Elephants and their diseases
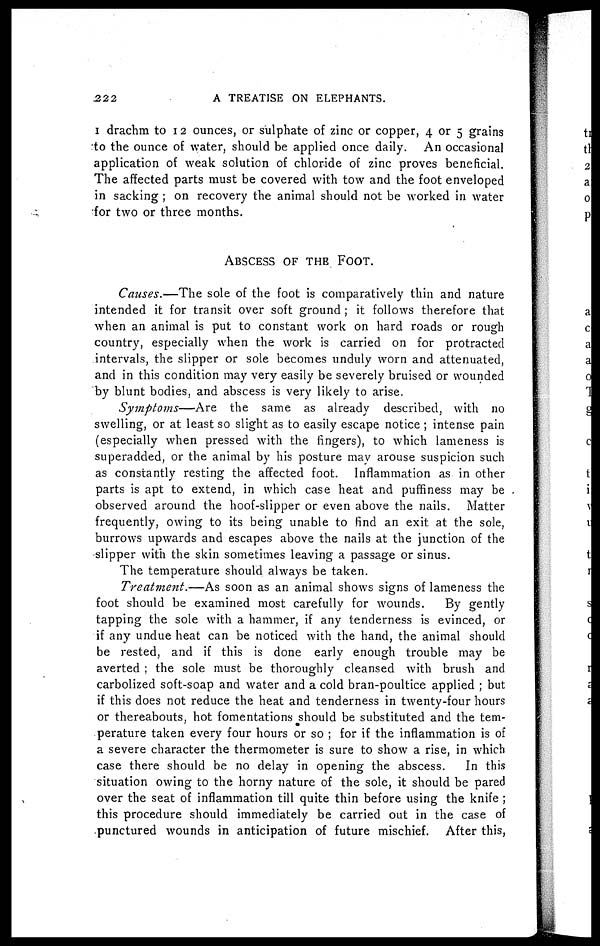
222
A TREATISE ON ELEPHANTS.
1 drachm to 12 ounces, or sulphate of zinc or copper, 4 or 5 grains
to the ounce of water, should be applied once daily. An occasional
application of weak solution of chloride of zinc proves beneficial.
The affected parts must be covered with tow and the foot enveloped
in sacking ; on recovery the animal should not be worked in water
for two or three months.
ABSCESS OF THE FOOT.
Causes.—The sole of the foot is comparatively thin and nature
intended it for transit over soft ground ; it follows therefore that
when an animal is put to constant work on hard roads or rough
country, especially when the work is carried on for protracted
intervals, the slipper or sole becomes unduly worn and attenuated,
and in this condition may very easily be severely bruised or wounded
by blunt bodies, and abscess is very likely to arise.
Symptoms—Are
the same as already described, with no
swelling, or at least so slight as to easily escape notice ; intense pain
(especially when pressed with the fingers), to which lameness is
superadded, or the animal by his posture may arouse suspicion such
as constantly resting the affected foot. Inflammation as in other
parts is apt to extend, in which case heat and puffiness may be
observed around the hoof-slipper or even above the nails. Matter
frequently, owing to its being unable to find an exit at the sole,
burrows upwards and escapes above the nails at the junction of the
slipper with the skin sometimes leaving a passage or sinus.
The temperature should always be taken.
Treatment.—As
soon as an animal shows signs of lameness the
foot should be examined most carefully for wounds.
By gently
tapping the sole with a hammer, if any tenderness is evinced, or
if any undue heat can be noticed with the hand, the animal should
be rested, and if this is done early enough trouble may be
averted ; the sole must be thoroughly cleansed with brush and
carbolized soft-soap and water and a cold bran-poultice applied ; but
if this does not reduce the heat and tenderness in twenty-four hours
or thereabouts, hot fomentations should be substituted and the tem-
perature taken every four hours or so ; for if the inflammation is of
a severe character the thermometer is sure to show a rise, in which
case there should be no delay in opening the abscess.
In this
situation owing to the horny nature of the sole, it should be pared
over the seat of inflammation till quite thin before using the knife ;
this procedure should immediately be carried out in the case of
punctured wounds in anticipation of future mischief. After this,